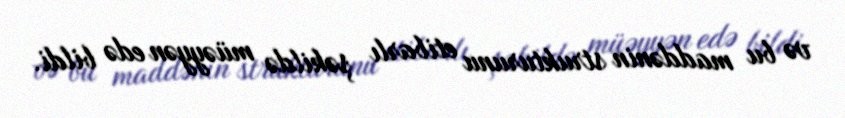
və bu maddənin strukturunu etibarlı şəkildə müəyyən edə bildi.